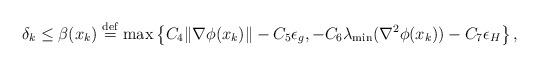
LaTeX: \begin{align*} \delta_k \le \beta(x_k) \stackrel{\rm def}{=} \max\left\{ C_4\|\nabla\phi(x_k)\| - C_5\epsilon_g, -C_6 \lambda_{\rm min}(\nabla^2\phi(x_k)) - C_7 \epsilon_H \right\}, \end{align*}